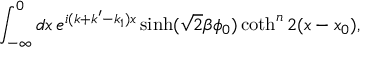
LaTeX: \int _ { - \infty } ^ { 0 } d x \, e ^ { i ( k + k ^ { \prime } - k _ { 1 } ) x } \sinh ( \sqrt { 2 } \beta \phi _ { 0 } ) \coth ^ { n } 2 ( x - x _ { 0 } ) ,